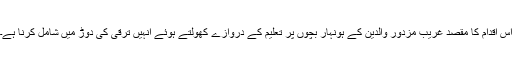
اس اقدام کا مقصد غریب مزدور والدین کے ہونہار بچوں پر تعلیم کے دروازے کھولتے ہوئے انہیں ترقی کی دوڑ میں شامل کرنا ہے۔